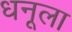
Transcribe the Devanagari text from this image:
धनूला